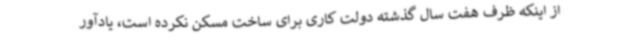
از اینکه ظرف هفت سال گذشته دولت کاری برای ساخت مسکن نکرده است، یادآور